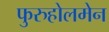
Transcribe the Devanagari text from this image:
फुरुहोलमेन